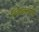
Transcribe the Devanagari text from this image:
निंबाळकरांचे